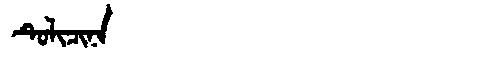
Manchu: ᡨᡠᠯᡳᠴᡳᠨᠠ
Romanization: TULICINA